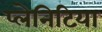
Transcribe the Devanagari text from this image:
प्लेनिटिया